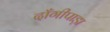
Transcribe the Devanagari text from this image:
दाँगीपाड़ा